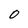
Character: O